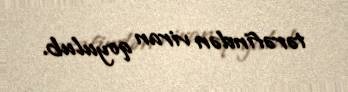
tərəfindən viran qoyulub.